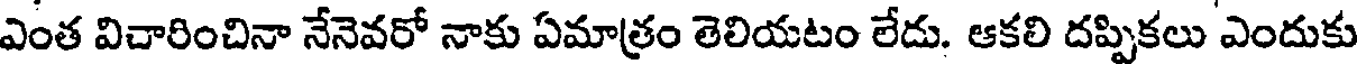
ఎంత విచారించినా నేనెవరో నాకు ఏమాత్రం తెలియటం లేదు. ఆకలి దప్పికలు ఎందుకు